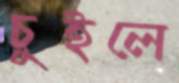
চুইলে